Indian journal of veterinary science and animal husbandry - Volume 12,
Year: 1942
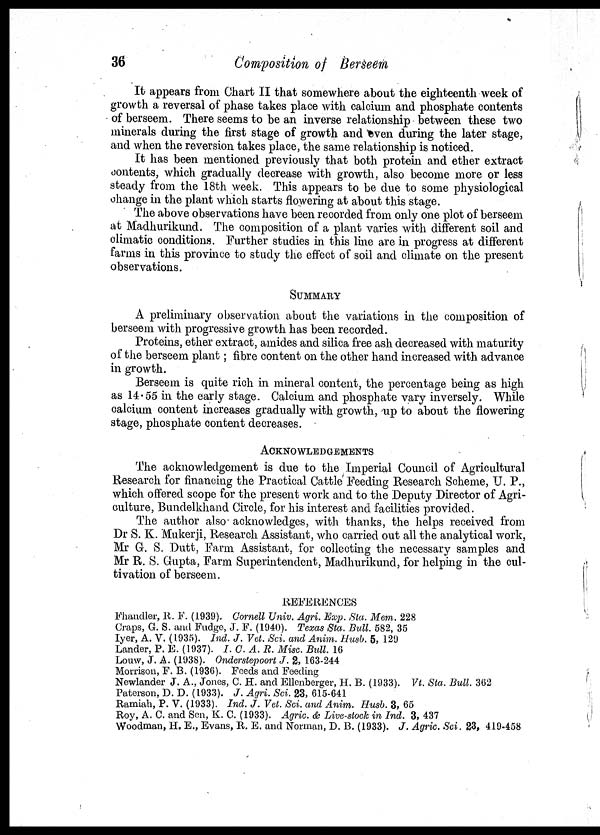
36
Composition of Berseem
It appears from Chart II that somewhere about the eighteenth week of
growth a reversal of phase takes place with calcium and phosphate contents
of berseem. There seems to be an inverse relationship between these two
minerals during the first stage of growth and even during the later stage,
and when the reversion takes place, the same relationship is noticed.
It has been mentioned previously that both protein and ether extract
contents, which gradually decrease with growth, also become more or less
steady from the 18th week. This appears to be due to some physiological
change in the plant which starts flowering at about this stage.
The above observations have been recorded from only one plot of berseem
at Madhurikund. The composition of a plant varies with different soil and
climatic conditions. Further studies in this line are in progress at different
farms in this province to study the effect of soil and climate on the present
observations.
SUMMARY
A preliminary observation about the variations in the composition of
berseem with progressive growth has been recorded.
Proteins, ether extract, amides and silica free ash decreased with maturity
of the berseem plant; fibre content on the other hand increased with advance
in growth.
Berseem is quite rich in mineral content, the percentage being as high
as 14.55 in the early stage. Calcium and phosphate vary inversely. While
calcium content increases gradually with growth, up to about the flowering
stage, phosphate content decreases.
ACKNOWLEDGEMENTS
The acknowledgement is due to the Imperial Council of Agricultural
Research for financing the Practical Cattle Feeding Research Scheme, U. P.,
which offered scope for the present work and to the Deputy Director of Agri-
culture, Bundelkhand Circle, for his interest and facilities provided.
The author also acknowledges, with thanks, the helps received from
Dr S. K. Mukerji, Research Assistant, who carried out all the analytical work,
Mr G. S. Dutt, Farm Assistant, for collecting the necessary samples and
Mr R. S. Gupta, Farm Superintendent, Madhurikund, for helping in the cul-
tivation of berseem.
REFERENCES
Fhandler, R. F. (1939). Cornell Univ. Agri. Exp. Sta. Mem. 228
Craps, G. S. and Fudge, J. F. (1940). Texas Sta. Bull. 582, 35
Iyer, A. V. (1935). Ind. J. Vet. Sci. and Anim. Husb. 5, 129
Lander, P. E. (1937). I. C. A. R. Misc. Bull. 16
Louw, J. A. (1938). Onderstepoort J. 2, 163-244
Morrison, F. B. (1936). Feeds and Feeding
Newlander J. A., Jones, C. H. and Ellenberger, H. B. (1933). Vt. Sta. Bull. 362
Paterson, D. D. (1933). J. Agri. Sci. 23, 615-641
Ramiah, P. V. (1933). Ind. J. Vet. Sci. and Anim. Husb. 3, 65
Roy, A. C. and Sen, K. C. (1933). Agric. & Live-stock in Ind. 3, 437
Woodman, H. E., Evans, R. E. and Norman, D. B. (1933). J. Agric. Sci. 23, 419-458